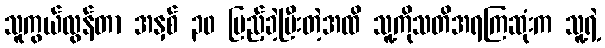
သူကွယ်လွန်တာ အနှစ် ၃၀ ပြည့်ခဲ့ပြီးတဲ့အထိ သူ့ကိုသတိအရကြဆုံးက သူ့ရဲ့